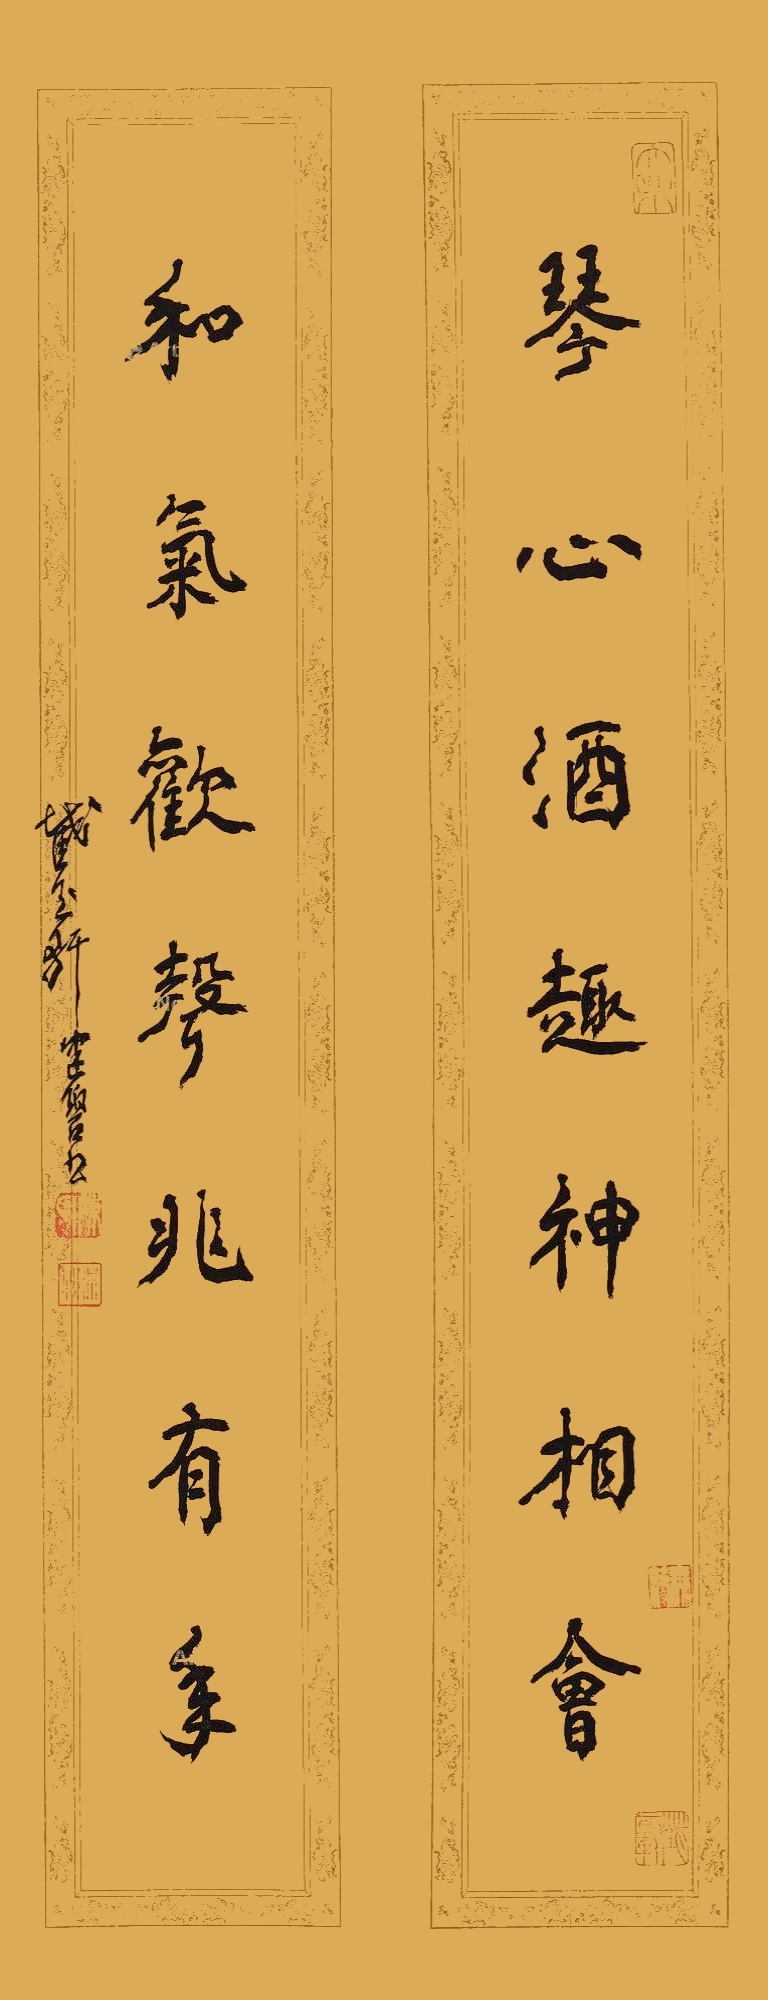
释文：琴心酒趣神相会，和气欢声兆有年。截玉轩健碧书。